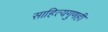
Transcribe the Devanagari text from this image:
साहित्यगुणही